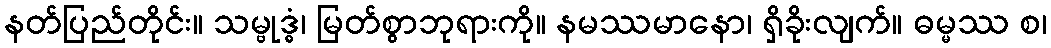
နတ်ပြည်တိုင်း။ သမ္ဗုဒ္ဓံ၊ မြတ်စွာဘုရားကို။ နမဿမာနော၊ ရှိခိုးလျက်။ ဓမ္မဿ စ၊